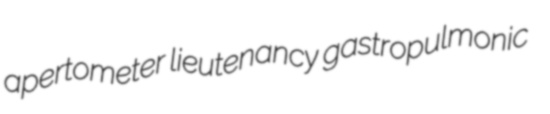
apertometer lieutenancy gastropulmonic